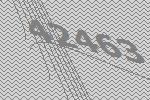
42463